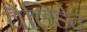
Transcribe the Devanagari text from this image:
वैलिडेट